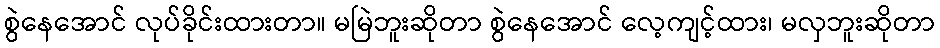
စွဲနေအောင် လုပ်ခိုင်းထားတာ။ မမြဲဘူးဆိုတာ စွဲနေအောင် လေ့ကျင့်ထား၊ မလှဘူးဆိုတာ